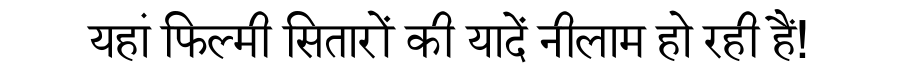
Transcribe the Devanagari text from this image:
यहां फिल्मी सितारों की यादें नीलाम हो रही हैं!